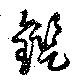
鑑